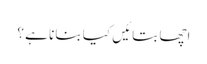
اچھا بتائیں کیا بنانا ہے ؟